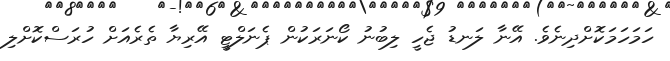
ހަމަހަމަކޮށްދިނެވެ. އޭނާ ލަނޑު ޖެހީ ލިބުނު ކޯނަރަކުން ޕެނަލްޓީ އޭރިޔާ ތެރެއަށް ހުރަސްކޮށްލި